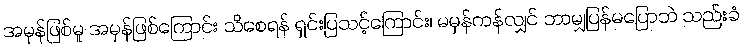
အမှန်ဖြစ်မူ အမှန်ဖြစ်ကြောင်း သိစေရန် ရှင်းပြသင့်ကြောင်း၊ မမှန်ကန်လျှင် ဘာမျှပြန်မပြောဘဲ သည်းခံ